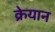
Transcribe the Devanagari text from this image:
क्रेयान